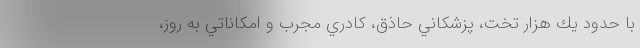
با حدود يك هزار تخت، پزشكاني حاذق، كادري مجرب و امكاناتي به روز،